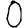
Digit: 0